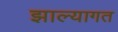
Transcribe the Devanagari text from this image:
झाल्यागत